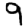
Digit: 9